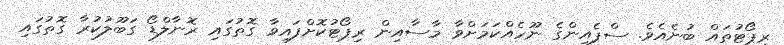
ރިޕޯޓުތައް ބުނެއެވެ. ސްޕެއިންގެ ނޫހެއްކަމަށްވާ މާސާއިން ރިޕޯޓުކޮށްފައިވާ ގޮތުގައި ރޮނާލްޑޯ ގަބޫލުކުރާ ގޮތުގައި